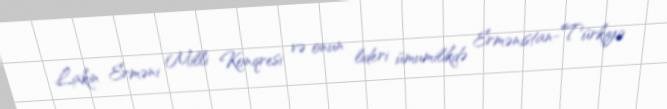
Lakin Erməni Milli Konqresi və onun lideri ümumilikdə Ermənistan-Türkiyə